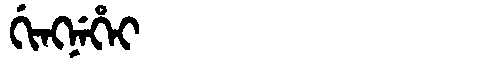
Manchu: ᡤᡳᠩᠨᡝᡥᡝᡳ
Romanization: GINGNEHEI